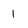
Character: 1